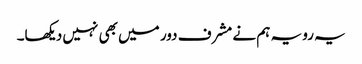
یہ رویہ ہم نے مشرف دور میں بھی نہیں دیکھا۔